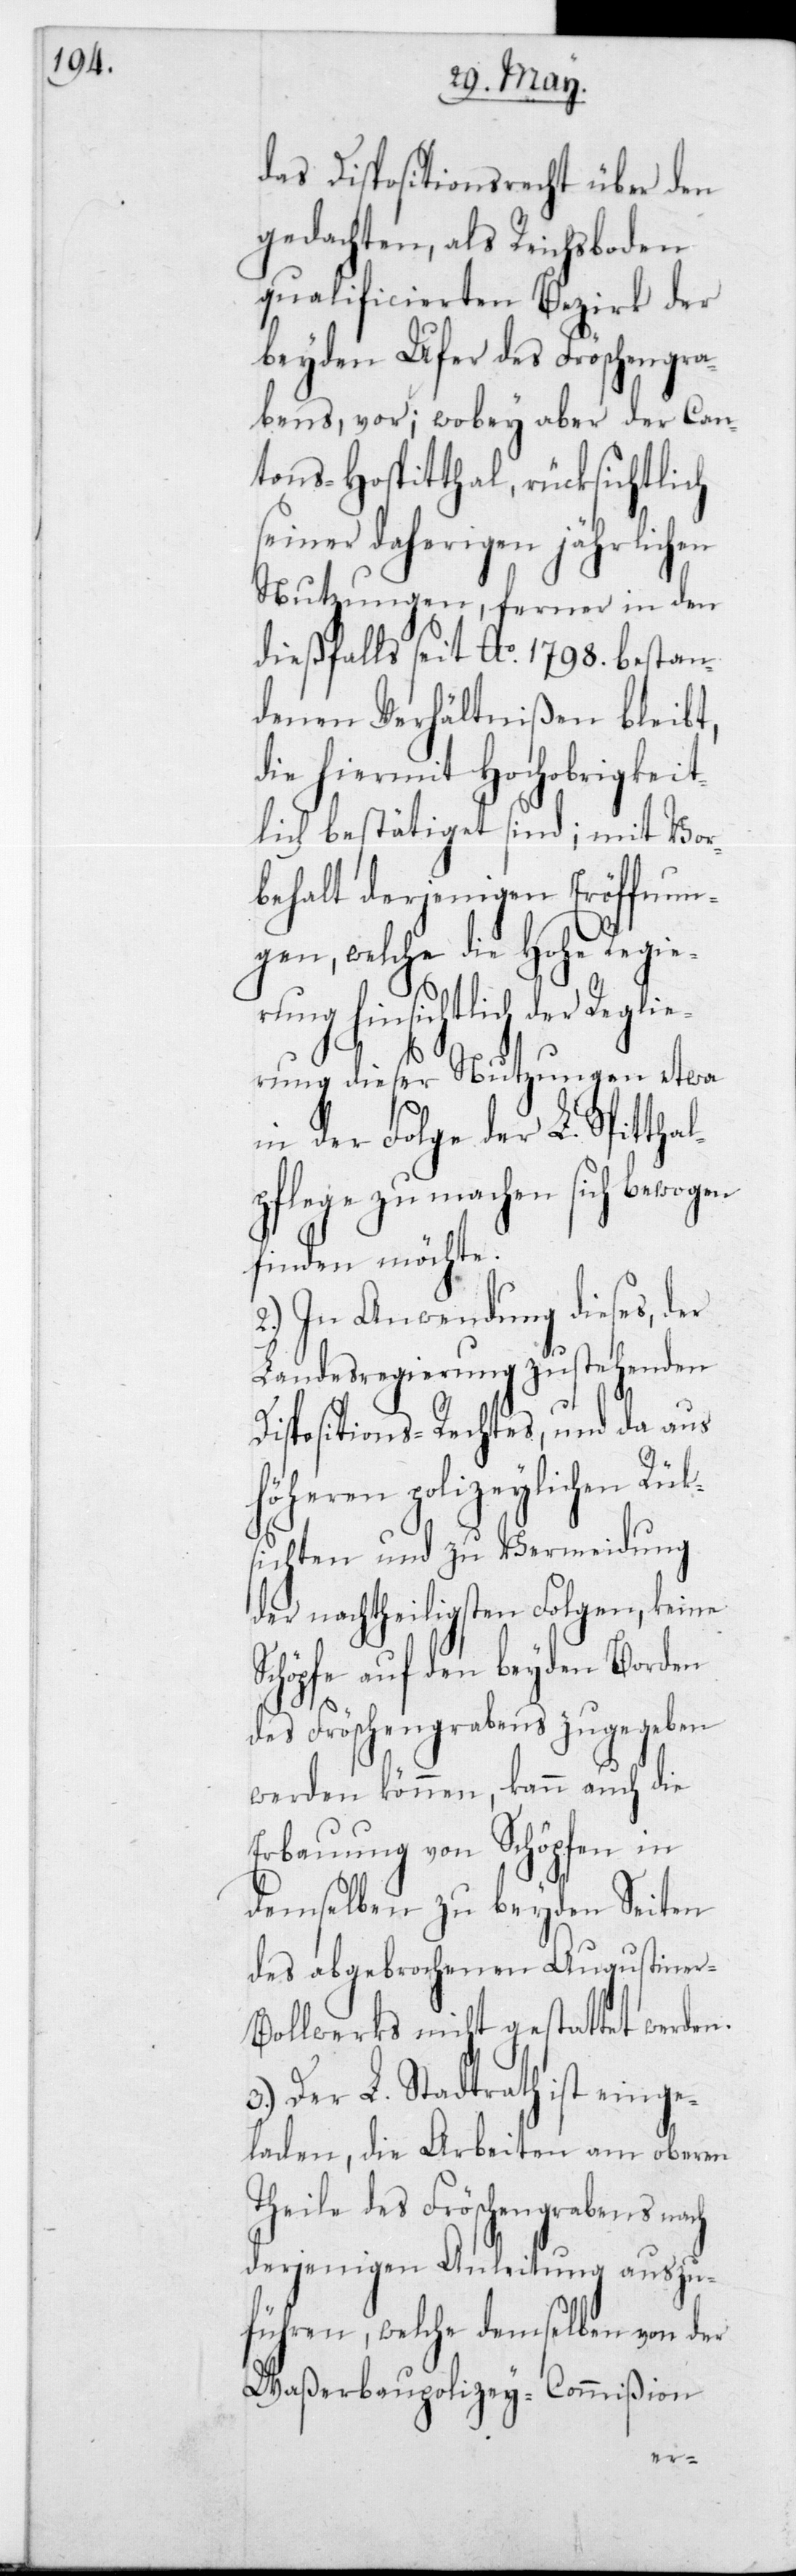
das Dispositionsrecht über den
gedachten, als Reichsboden
qualificierten Bezirk der
beyden Ufer des Fröschengra¬
bens vor; wobey aber der Can¬
tons-Hospitthal rücksichtlich
seiner daherigen jährlichen
Nutzungen, ferner in den
dießfalls seit Ao 1798 bestan¬
denen Verhältnißen bleibt,
die hiermit Hochobrigkeit¬
lich bestätiget sind; mit Vor¬
behalt derjenigen Eröffnun¬
gen, welche die Hohe Regie¬
rung hinsichtlich der Reglie¬
rung dieser Nutzungen etwa
in der Folge der L. Spitthal¬
pflege zu machen sich bewogen
finden möchte.
2.) In Anwendung dieses, der
Landesregierung zustehenden
Dispositions-Rechtes, und da aus
höheren polizeylichen Rük¬
sichten und zu Vermeidung
der nachtheiligsten Folgen, keine
Schöpfe auf den beyden Borden
des Fröschengrabens zugegeben
werden können, kann auch die
Erbauung von Schöpfen in
demselben zu beyden Seiten
des abgebrochenen Augustiner-B¬
ollwerks nicht gestattet werden.
Der L. Stadtrath ist einge¬
laden, die Arbeiten am oberen
Theile des Fröschengrabens nach
derjenigen Anleitung auszu¬
führen, welche demselben von der
Waßerbaupolizey-Commißion